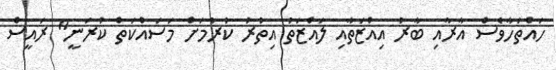
ހައްތަހާވެސް އާރާއި ބާރު އިއްޒަތާއި ލައްޒަތު އިތުރު ކުރުމަށް މަސައްކަތް ކުރަނީ" ރައީސް